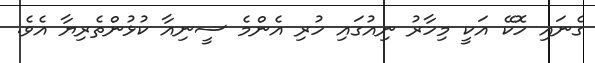
ގެނައި ހޮކޭ އަކީ މިހާރު ނިއުގައި ހުރި އެންމެ ސީނިއާ ކުޅުންތެރިޔާ އެވެ.